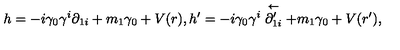
h = - i \gamma _ { 0 } \gamma ^ { i } \partial _ { 1 i } + m _ { 1 } \gamma _ { 0 } + V ( r ) , h ^ { \prime } = - i \gamma _ { 0 } \gamma ^ { i } \stackrel { \leftarrow } { \partial _ { 1 i } ^ { \prime } } + m _ { 1 } \gamma _ { 0 } + V ( r ^ { \prime } ) ,